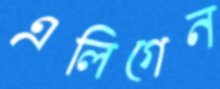
এলিগেন